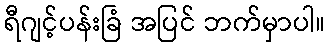
ရီဂျင့်ပန်းခြံ အပြင် ဘက်မှာပါ။